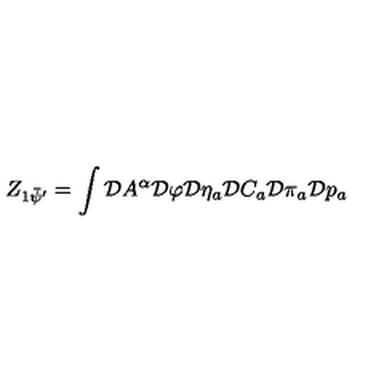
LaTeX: Z _ { 1 \bar { \psi } ^ { \prime } } = \int \mathcal { D } A ^ { \alpha } \mathcal { D } \varphi \mathcal { D } \eta _ { a } \mathcal { D } C _ { a } \mathcal { D } \pi _ { a } \mathcal { D } p _ { a }